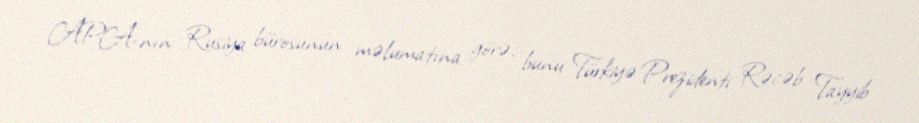
APA-nın Rusiya bürosunun məlumatına görə, bunu Türkiyə Prezidenti Rəcəb Tayyib